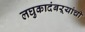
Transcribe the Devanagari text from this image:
लघुकादंबऱ्यांची